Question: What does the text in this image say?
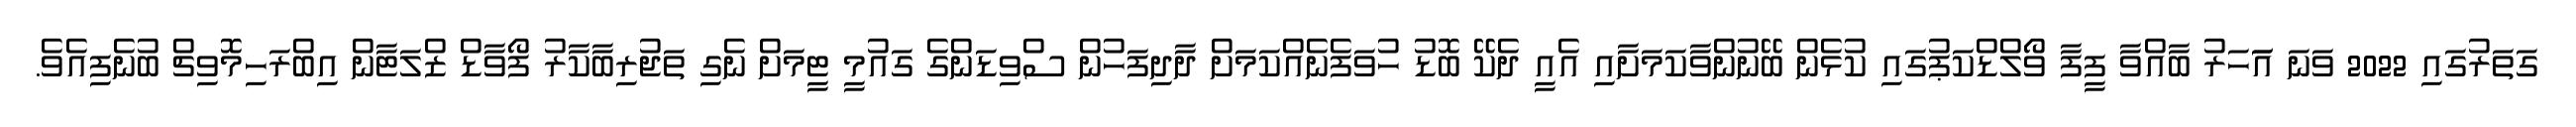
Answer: ގަތަރުގައި 2022 ވަނަ އަަހަރު ބާއްވާ ފީފާ ވޯލްޑްކަޕުގައި ކުޅެން ބޭނުންވާކަމަށާއި އެއީ ދެކޭ ބޮޑު ހުވަފެނެއްކަމަށް ދާދިފަހުން ސްވިޑަންގެ ގައުމީ ޓީމަށް ނެގި ތަޖުރިބާކާރު ފޯވާޑް ޒްލަޓާން އިބްރަހިމޮވިޗް ބުނެފިއެވެ.